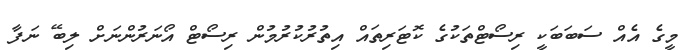
މީގެ އެއް ސަބަބަކީ ރިސޯޓްތަކުގެ ކޮޓަރިތައް އިތުރުކުރުމުން ރިސޯޓް އޯނަރުންނަށް ލިބޭ ނަފާ